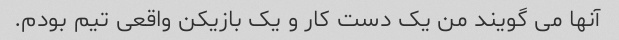
آنها می گویند من یک دست کار و یک بازیکن واقعی تیم بودم.